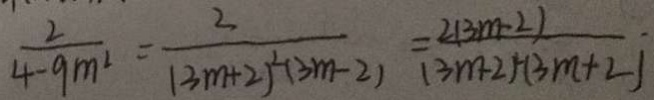
\frac { 2 } { 4 - 9 m ^ { 2 } } = \frac { 2 } { ( 3 m + 2 ) ^ { 2 } ( 3 m - 2 ) } = \frac { 2 ( 3 m - 2 ) } { ( 3 m + 2 ) ^ { 2 } ( 3 m + 2 ) }